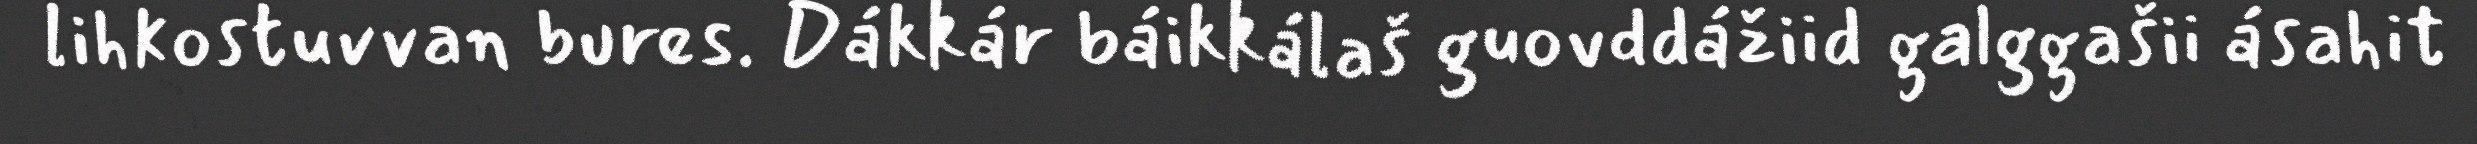
lihkostuvvan bures. Dákkár báikkálaš guovddážiid galggašii ásahit